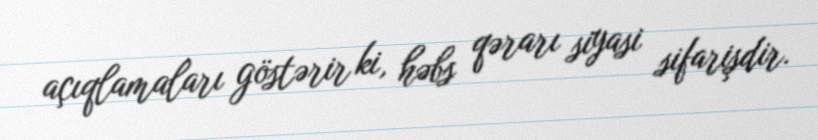
açıqlamaları göstərir ki, həbs qərarı siyasi sifarişdir.